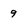
Character: 9